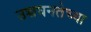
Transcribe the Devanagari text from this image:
उच्चघनतेच्या